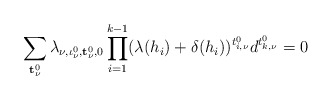
\begin{align*}\sum_{{\bf t}^0_\nu}\lambda_{\nu,\iota^0_\nu,{\bf t}^0_\nu,0}\prod_{i=1}^{k-1}(\lambda(h_i)+\delta(h_i))^{t_{i,\nu}^0}d^{t_{k,\nu}^0}=0\end{align*}